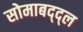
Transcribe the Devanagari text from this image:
सोमाबद्द्ल